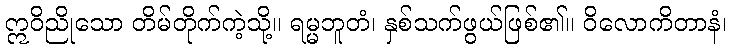
ဣဝိညိုသော တိမ်တိုက်ကဲ့သို့။ ရမ္မဘူတံ၊ နှစ်သက်ဖွယ်ဖြစ်၏။ ဝိလောကိတာနံ၊